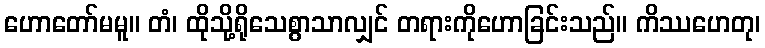
ဟောတော်မမူ။ တံ၊ ထိုသို့ရိုသေစွာသာလျှင် တရားကိုဟောခြင်းသည်။ ကိဿဟေတု၊